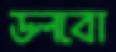
ডলবো